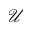
\mathcal { U }